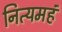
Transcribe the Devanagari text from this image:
नित्यमहं